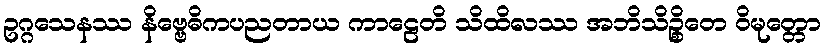
ဥဂ္ဂသေနဿ နိဗ္ဗေဓိကပညတာယ ကာဠေတိ သိထိလဿ အဘိသိဉ္စိတေ ဝိမုတ္တော